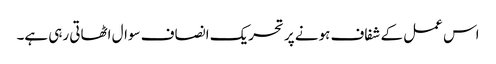
اس عمل کے شفاف ہونے پر تحریک انصاف سوال اٹھاتی رہی ہے۔